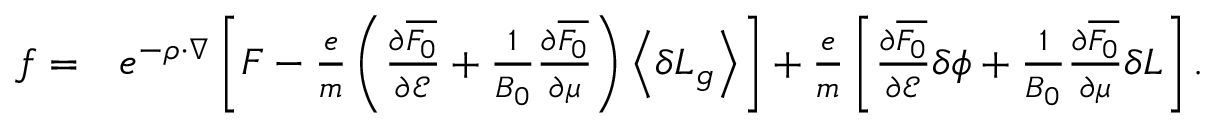
\begin{array} { r l } { f = } & { e ^ { - \rho \cdot \nabla } \left[ { F } - \frac { e } { m } \left( \frac { \partial { \overline { { F _ { 0 } } } } } { \partial \mathcal { E } } + \frac { 1 } { B _ { 0 } } \frac { \partial { \overline { { F _ { 0 } } } } } { \partial \mu } \right) \left\langle \delta L _ { g } \right\rangle \right] + \frac { e } { m } \left[ \frac { \partial { \overline { { F _ { 0 } } } } } { \partial \mathcal { E } } \delta \phi + \frac { 1 } { B _ { 0 } } \frac { \partial { \overline { { F _ { 0 } } } } } { \partial \mu } \delta L \right] . } \end{array}